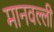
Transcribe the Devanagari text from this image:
मानवल्ली